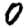
Digit: 0